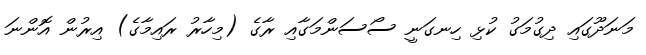
މަނަދޫގައި ދިގުމަގު ކުޅި ހިނގަނީ ސޯސަންމަގާއި ރާގެ (މިހާރު ރައިމާގެ) އިރުން އޮންނަ